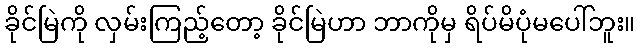
ခိုင်မြဲကို လှမ်းကြည့်တော့ ခိုင်မြဲဟာ ဘာကိုမှ ရိပ်မိပုံမပေါ်ဘူး။